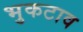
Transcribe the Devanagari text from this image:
भुकटाव